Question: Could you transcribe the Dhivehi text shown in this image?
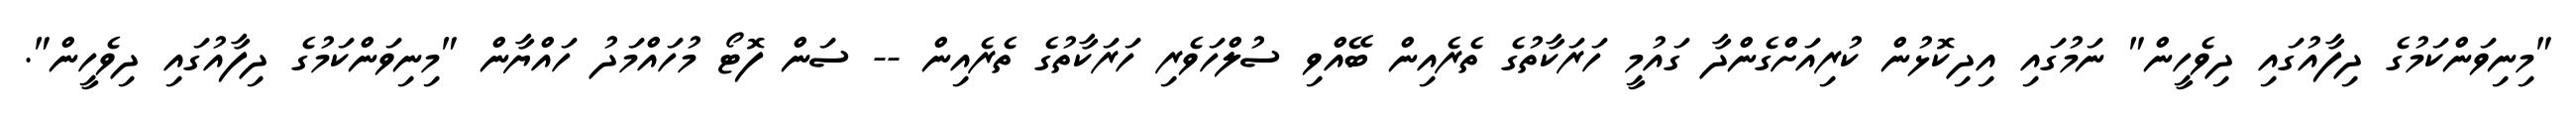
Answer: "މިނިވަންކަމުގެ ދިފާއުގައި ދިވެހީން" ނަމުގައި އިދިކޮޅުން ކުރިއަށްގެންދާ ގައުމީ ހަރަކާތުގެ ތެރެއިން ބޭއްވި ސުލްހަވެރި ހަރަކާތުގެ ތެރެއިން -- ސަން ފޮޓޯ މުހައްމަދު ހައްޔާން "މިނިވަންކަމުގެ ދިފާއުގައި ދިވެހީން".